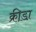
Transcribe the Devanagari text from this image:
क्री़डा़